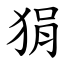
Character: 狷